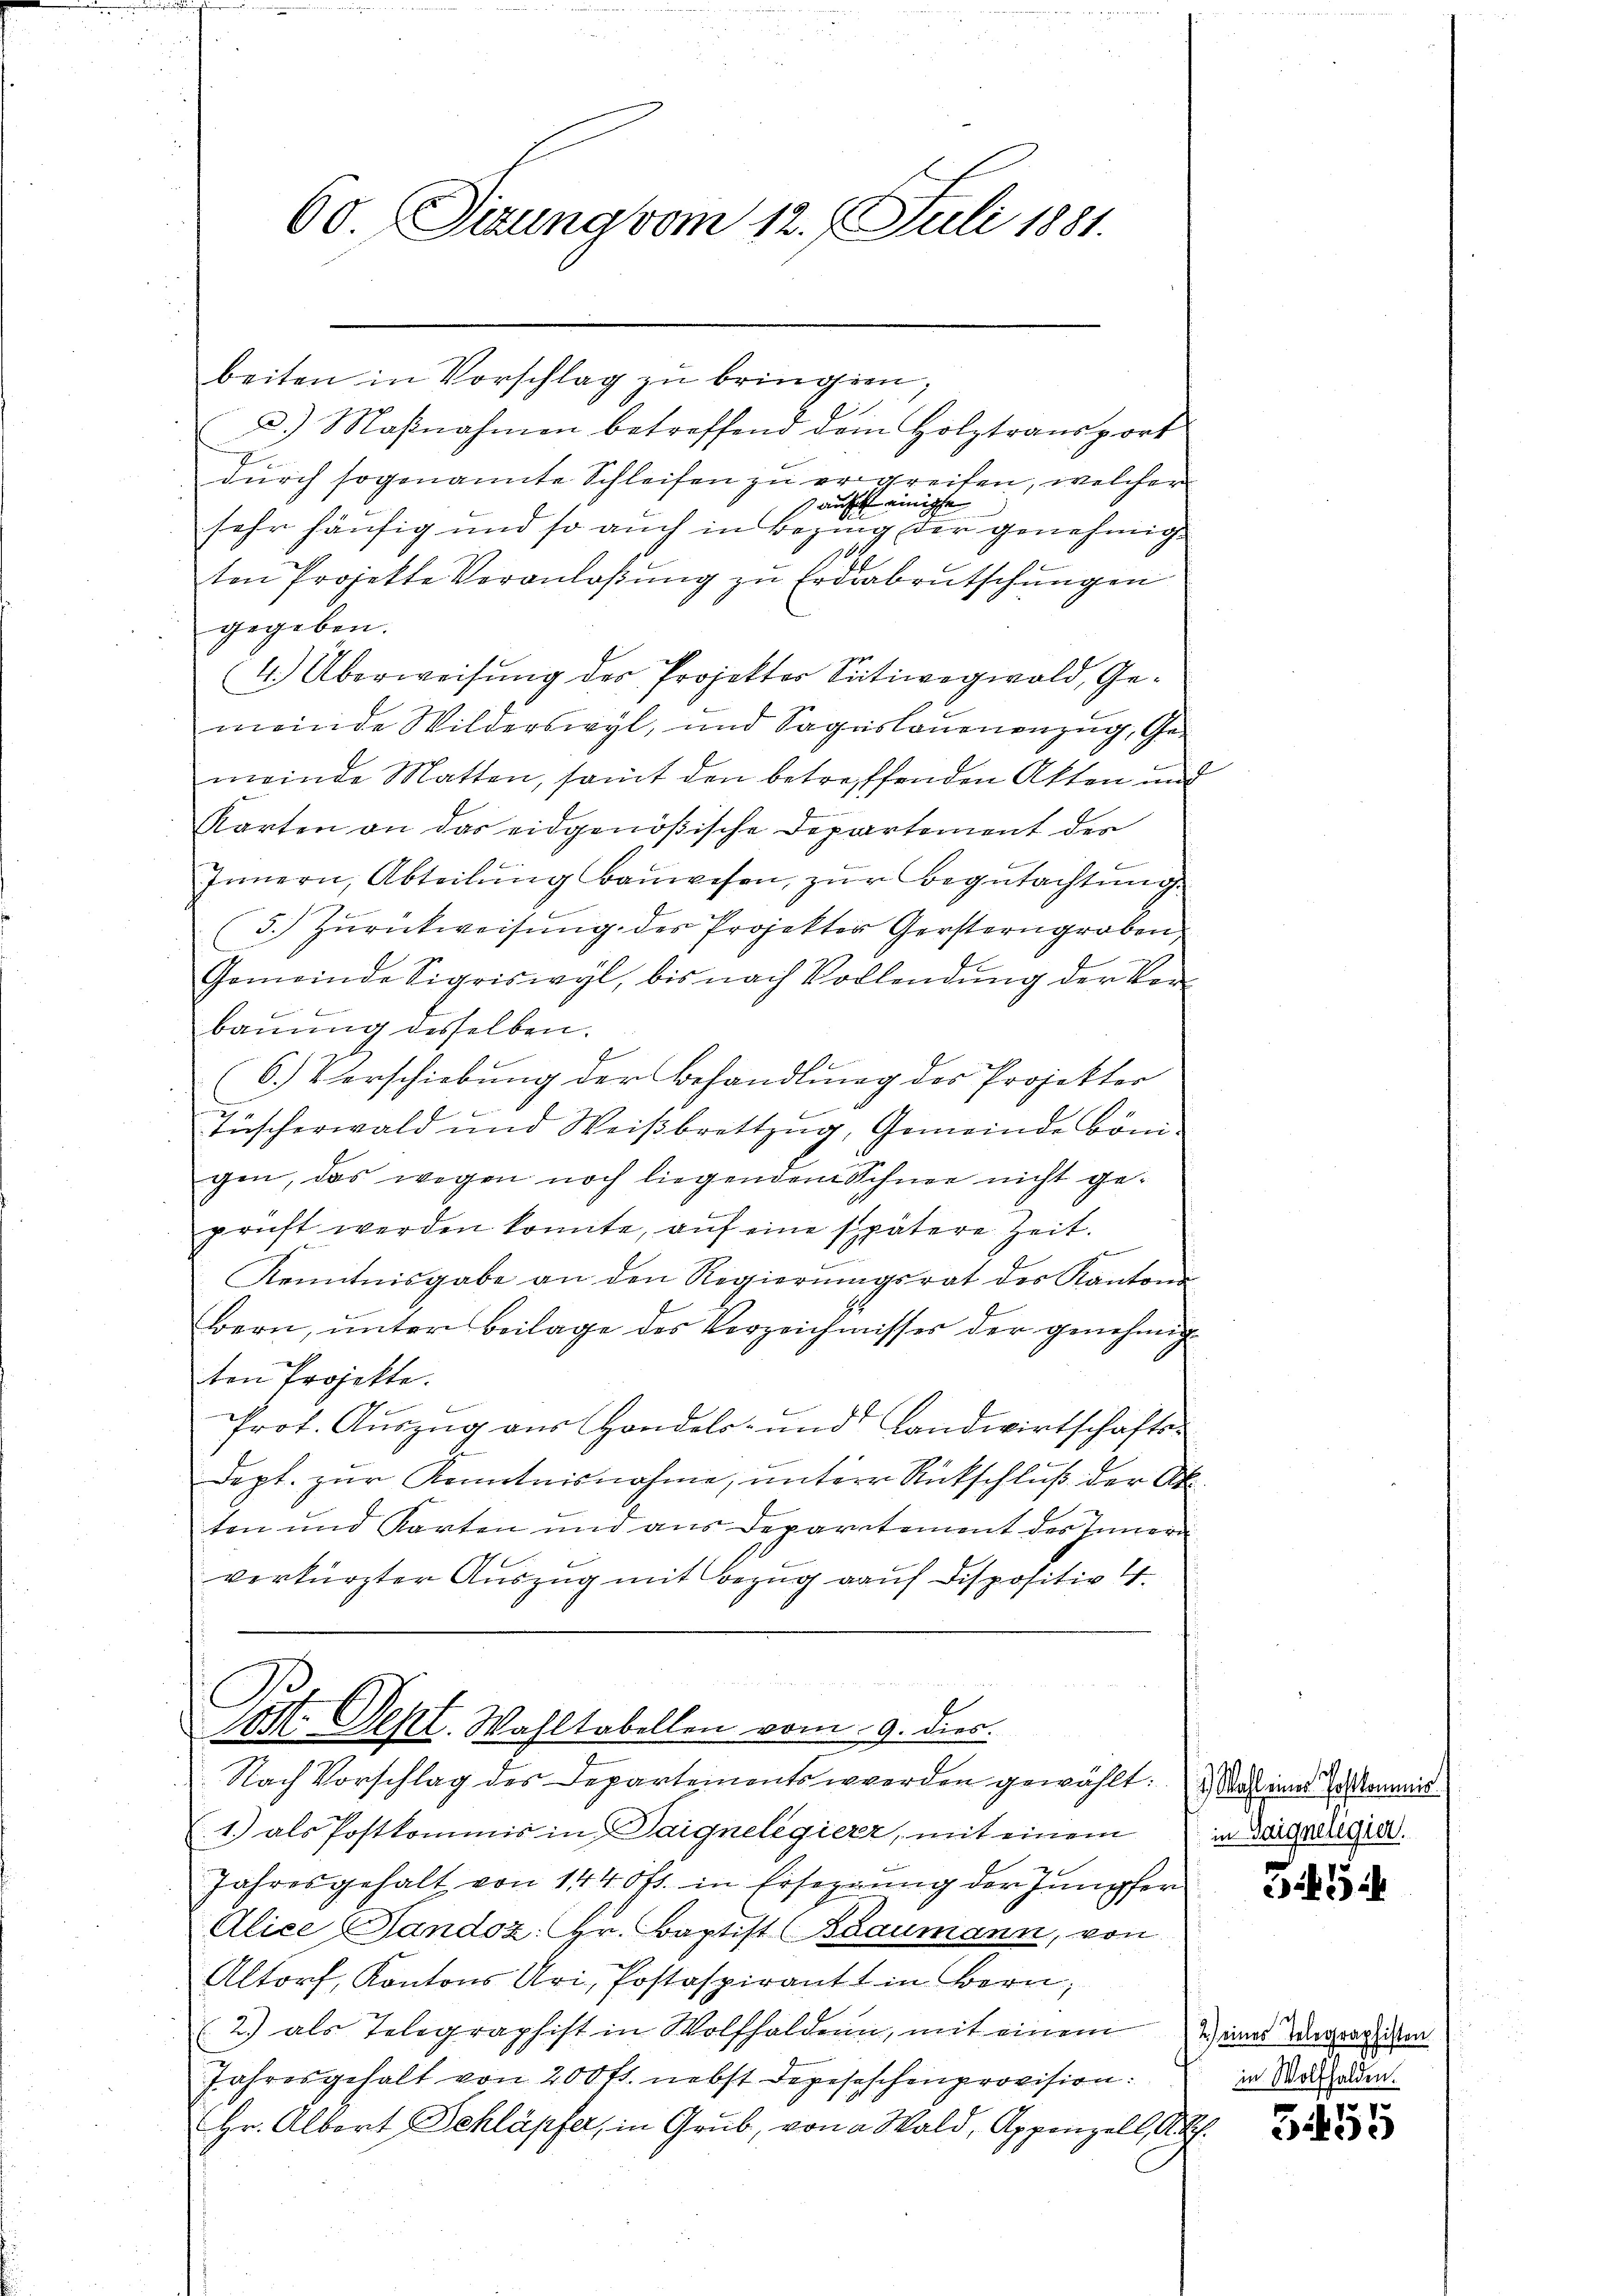
60 Jirung vom 12. 7. Juli 1881.

beiten in Vorschlag zŭ bringen;
d.) Maßnahmen betreffend dem Holztransport

durch sogenannte Schleifen zu ergreifen, welcher
ausch einige |
sehr häufig und so auch in Bezug der genehmigt
16
ten Projekte Veranlaßung zu Erdrabrutschungen
gegeben.
4.) Überweisŭng der Projektor Sitiwegwold, Ge-
meinde Wilderswyl, und Sagaslaŭenenzug, Ge-
meinde Matten, samt den betreffenden Akten und
Karten an das eidgenößische Departement der
10
f
Innern, Abteilŭng baŭwesen, zŭr Begutachtung
(5.) Zurückweisung des Projekter Gerstern groben
Gemeinde Sigriswyl, bis nach Vollendŭng der Vor-

bauung desselben.
f
d
6.) Verschiebung der Behandlung des Projekter
l
x
Tüscherwald und Weißbrettzug, Gemeinde Bönigen, das wegen noch liegendem Schnee nicht geprüft werden könnte, auf eine spätere Zeit.
e
Kenntnisgabe an den Regierungsrat des Kantona
Bern, unter Beilage des Verzeichnisses der genehmig
ten Projekte.
Prot. Auszug aus Handels- und Landwirtschafts-
f
dept. zur Kenntnisnahme, untere Rückschluß der Akten und Karten und aus Departement des Innern
verkürzter Aŭszŭg mit Bezŭg aŭf dispositiv 4.
Jos. Sept. Wahltabellen vom 9. dies.
Nach Vorschlag des Departements werden gewählt. Das einer kommis
1.) als Postkommis in Daignelegierr, mit einem
Jahresgehalt von 144 f. in Ersezung der Jumpfer
Alice Gandoz: Hr. Baptist (Baumann, von
Altorf, Kantons Uri, Postaspirant in Bern;
2.) als Telegraphist in Wolfhaldern, mit einem Weines Wegraphien
Jahresgehalt von 200 fr. nebst Depesischenprovision.
Hr. Albort Schläpfer, in Grub, von a Wald, Appenzell, Akt.

E

in Geigelegier

35

in Wolfhalden.